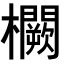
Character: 𭬸